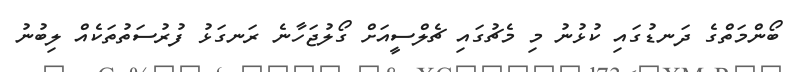
ބޯންމަތްގެ ދަނޑުގައި ކުޅުނު މި މެޗުގައި ޗެލްސީއަށް ގޯލުޖަހާނެ ރަނގަޅު ފުރުސަތުތަކެއް ލިބުނު